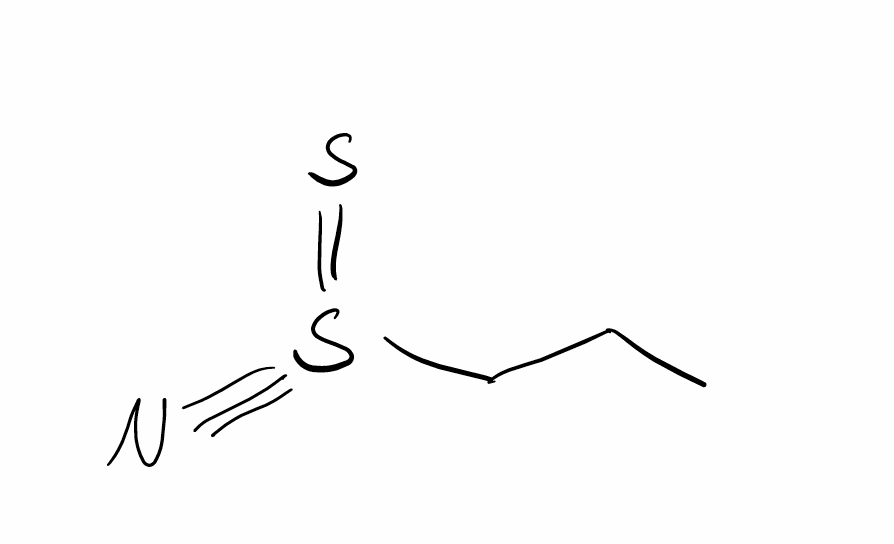
Simplified molecular-input line-entry system (SMILES) notation of the given molecule:
CCCS(#N)=S